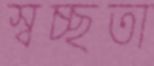
স্বচ্ছতা